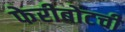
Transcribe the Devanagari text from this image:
फेरीबोटची